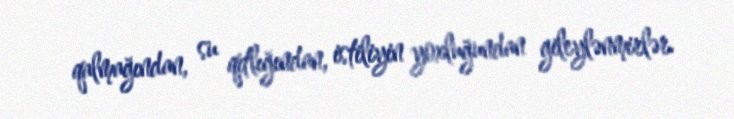
qalmağından, su qıtlığından, istiliyin yoxluğundan gileylənmirlər.